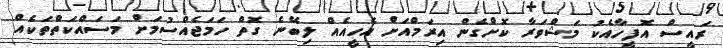
ރައީސް އޮފީހާއެކު މަޝްވަރާ ކޮށްގެން އިރަމްއަށް އެހީއެއް ލިބޭނެ ގޮތް ހަމަޖެއްސުމަށް މަސައްކަތްތަކެއް